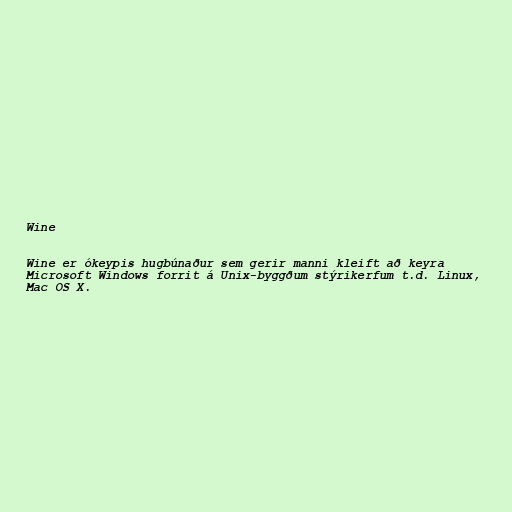
Wine

Wine er ókeypis hugbúnaður sem gerir manni kleift að keyra
Microsoft Windows forrit á Unix-byggðum stýrikerfum t.d. Linux,
Mac OS X.